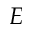
E